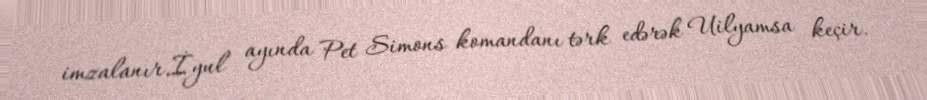
imzalanır.İyul ayında Pet Simons komandanı tərk edərək Uilyamsa keçir.